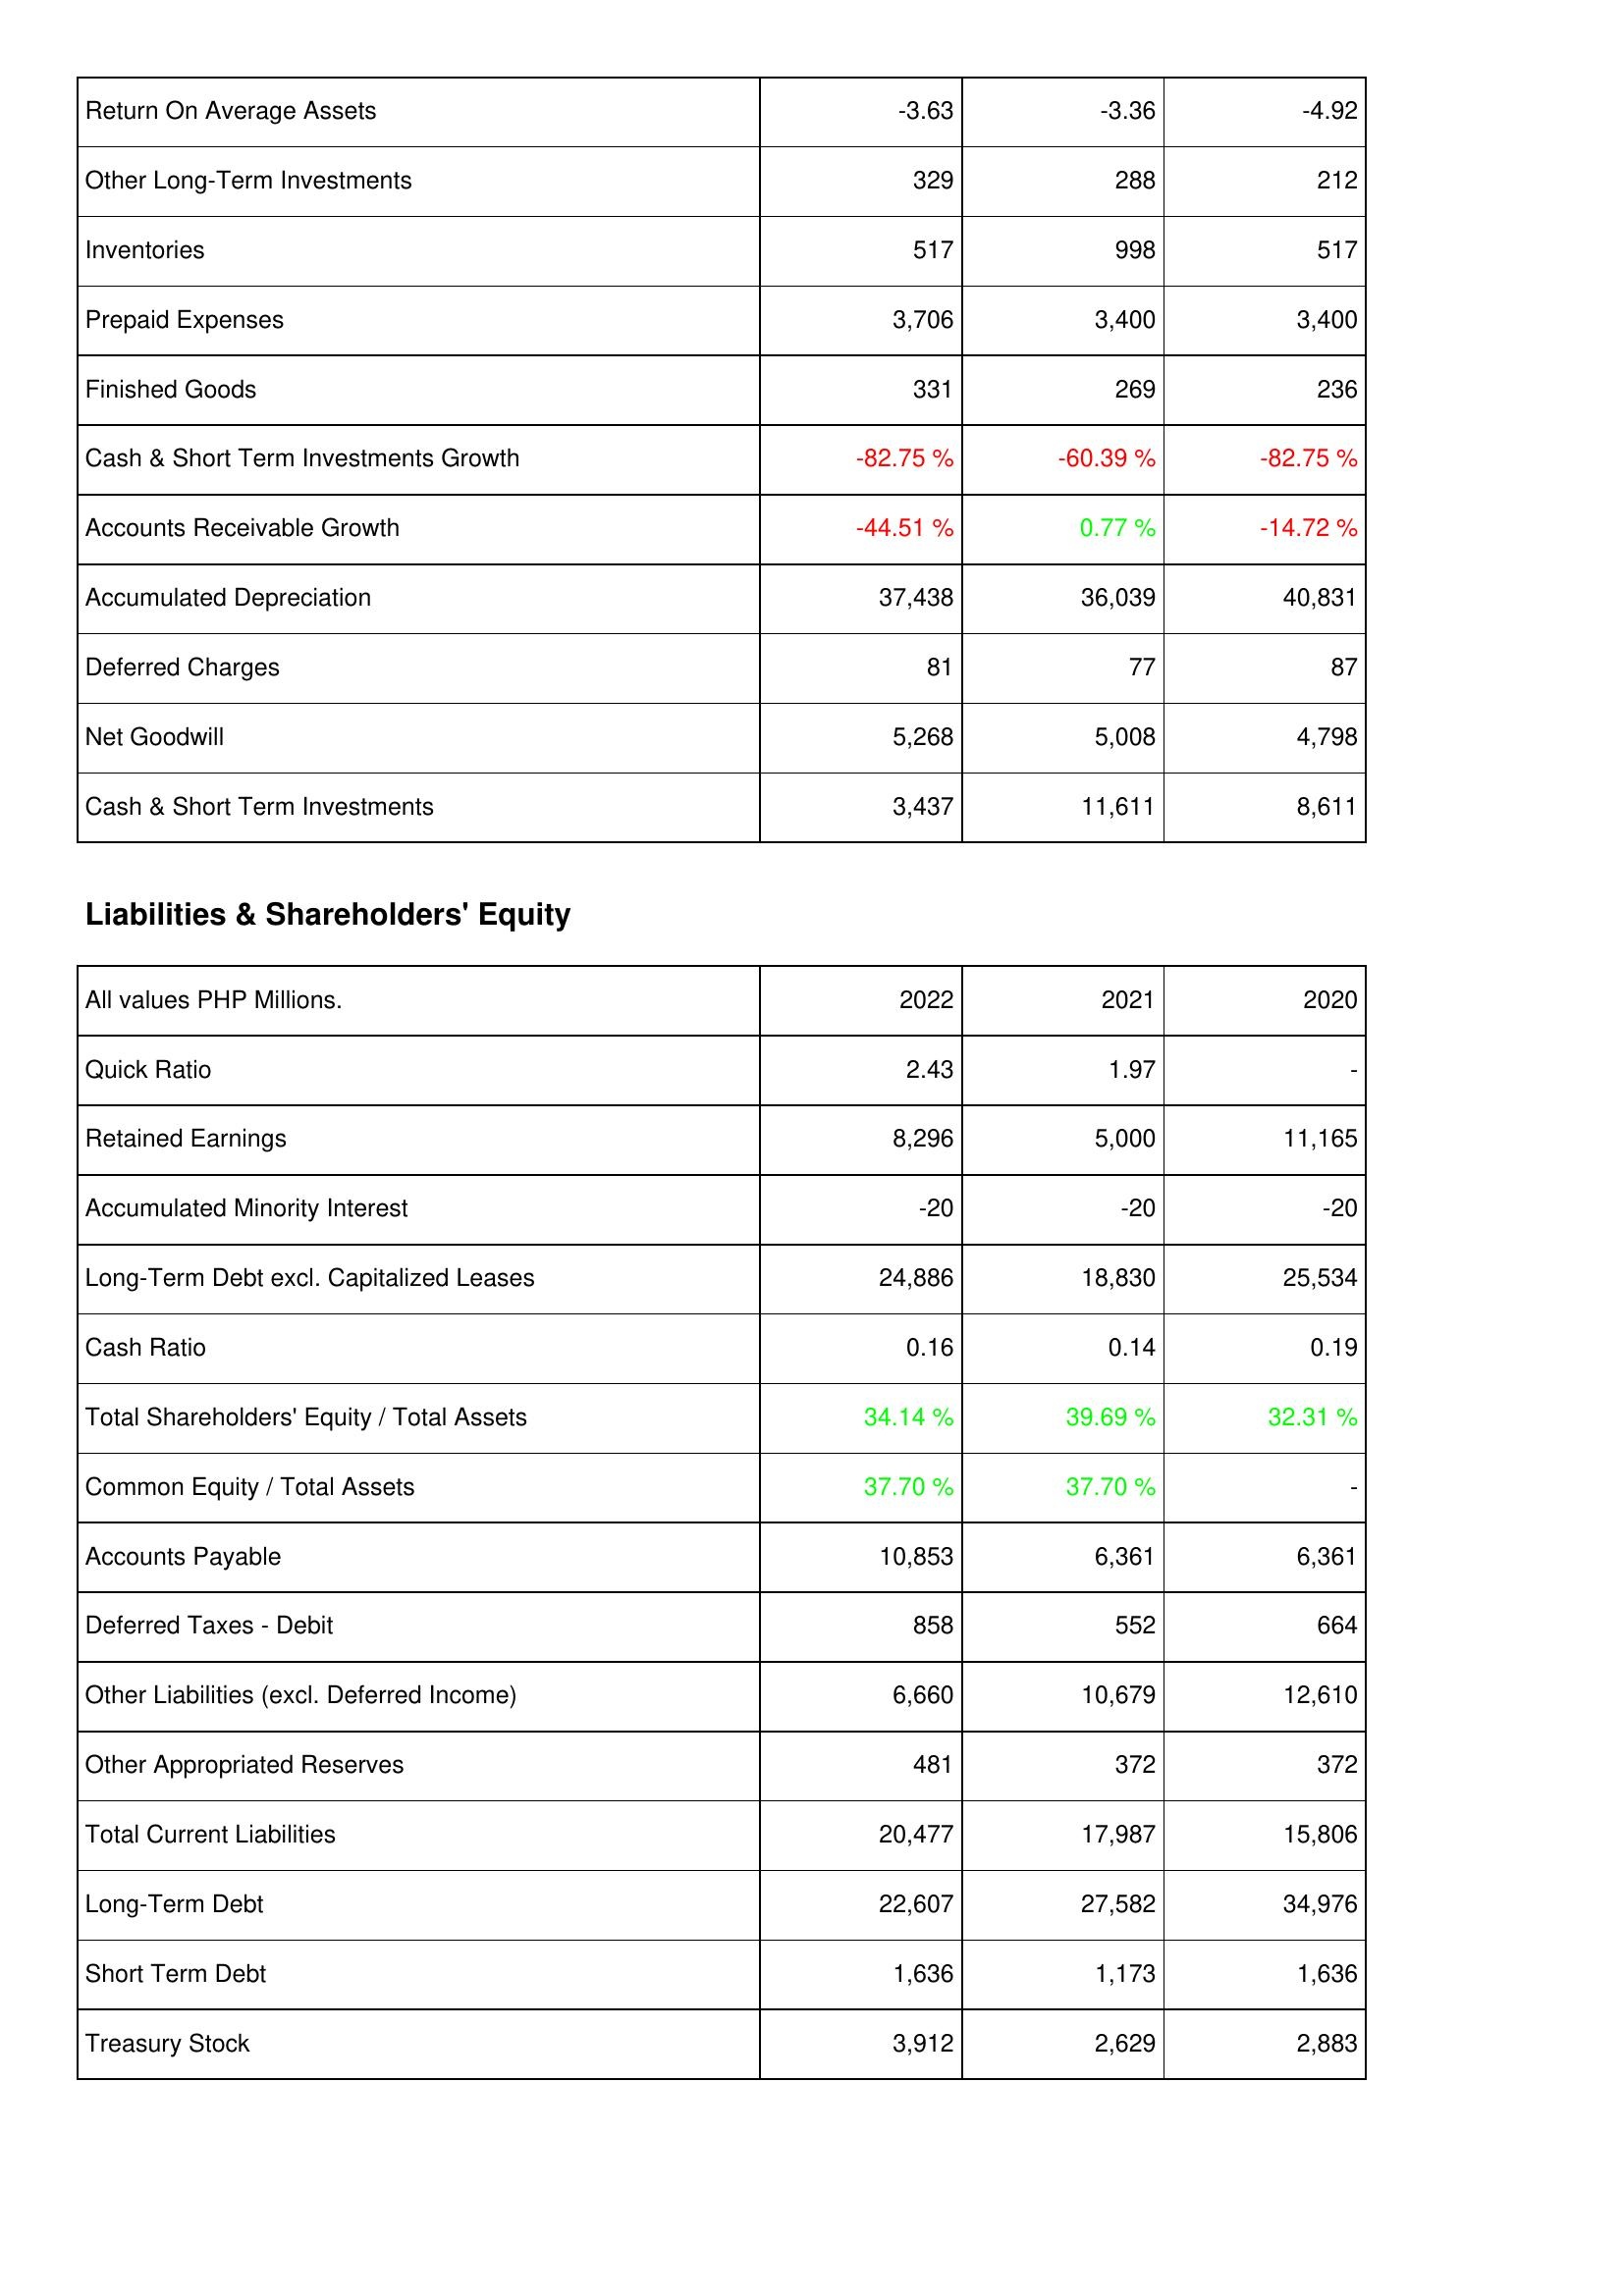
2022: Assets: Return On Average Assets: -3.63
Other Long-Term Investments: 329
Inventories: 517
Prepaid Expenses: 3,706
Finished Goods: 331
Cash & Short Term Investments Growth: -82.75 %
Accounts Receivable Growth: -44.51 %
Accumulated Depreciation: 37,438
Deferred Charges: 81
Net Goodwill: 5,268
Cash & Short Term Investments: 3,437
Liabilities & Shareholders' Equity: Quick Ratio: 2.43
Retained Earnings: 8,296
Accumulated Minority Interest: -20
Long-Term Debt excl. Capitalized Leases: 24,886
Cash Ratio: 0.16
Total Shareholders' Equity / Total Assets: 34.14 %
Common Equity / Total Assets: 37.70 %
Accounts Payable: 10,853
Deferred Taxes - Debit: 858
Other Liabilities (excl. Deferred Income): 6,660
Other Appropriated Reserves: 481
Total Current Liabilities: 20,477
Long-Term Debt: 22,607
Short Term Debt: 1,636
Treasury Stock: 3,912
2021: Assets: Return On Average Assets: -3.36
Other Long-Term Investments: 288
Inventories: 998
Prepaid Expenses: 3,400
Finished Goods: 269
Cash & Short Term Investments Growth: -60.39 %
Accounts Receivable Growth: 0.77 %
Accumulated Depreciation: 36,039
Deferred Charges: 77
Net Goodwill: 5,008
Cash & Short Term Investments: 11,611
Liabilities & Shareholders' Equity: Quick Ratio: 1.97
Retained Earnings: 5,000
Accumulated Minority Interest: -20
Long-Term Debt excl. Capitalized Leases: 18,830
Cash Ratio: 0.14
Total Shareholders' Equity / Total Assets: 39.69 %
Common Equity / Total Assets: 37.70 %
Accounts Payable: 6,361
Deferred Taxes - Debit: 552
Other Liabilities (excl. Deferred Income): 10,679
Other Appropriated Reserves: 372
Total Current Liabilities: 17,987
Long-Term Debt: 27,582
Short Term Debt: 1,173
Treasury Stock: 2,629
2020: Assets: Return On Average Assets: -4.92
Other Long-Term Investments: 212
Inventories: 517
Prepaid Expenses: 3,400
Finished Goods: 236
Cash & Short Term Investments Growth: -82.75 %
Accounts Receivable Growth: -14.72 %
Accumulated Depreciation: 40,831
Deferred Charges: 87
Net Goodwill: 4,798
Cash & Short Term Investments: 8,611
Liabilities & Shareholders' Equity: Quick Ratio: -
Retained Earnings: 11,165
Accumulated Minority Interest: -20
Long-Term Debt excl. Capitalized Leases: 25,534
Cash Ratio: 0.19
Total Shareholders' Equity / Total Assets: 32.31 %
Common Equity / Total Assets: -
Accounts Payable: 6,361
Deferred Taxes - Debit: 664
Other Liabilities (excl. Deferred Income): 12,610
Other Appropriated Reserves: 372
Total Current Liabilities: 15,806
Long-Term Debt: 34,976
Short Term Debt: 1,636
Treasury Stock: 2,883